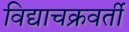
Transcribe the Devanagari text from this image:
विद्याचक्रवर्ती